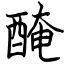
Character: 醃